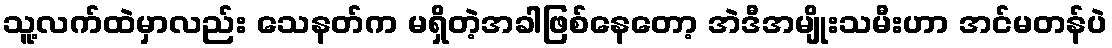
သူ့လက်ထဲမှာလည်း သေနတ်က မရှိတဲ့အခါဖြစ်နေတော့ အဲဒီအမျိုးသမီးဟာ အင်မတန်ပဲ